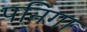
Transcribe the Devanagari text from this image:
पनिगा